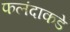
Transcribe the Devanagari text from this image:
फलंदाकडे